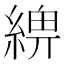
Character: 𦂢